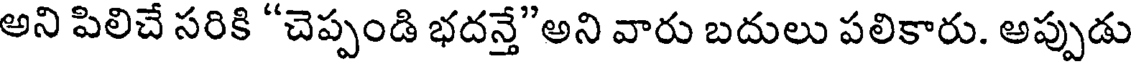
అని పిలిచే సరికి "చెప్పండి భదన్తే"అని వారు బదులు పలికారు. అప్పుడు